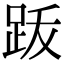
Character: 䟦